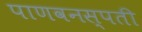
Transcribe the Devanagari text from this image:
पाणवनस्पती